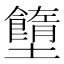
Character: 𡓷